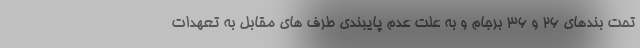
تحت بندهای ۲۶ و ۳۶ برجام و به علت عدم پایبندی طرف های مقابل به تعهدات